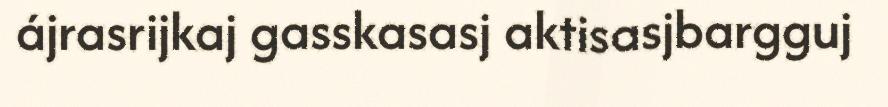
ájrasrijkaj gasskasasj aktisasjbargguj